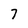
Character: 7